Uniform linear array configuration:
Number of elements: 8
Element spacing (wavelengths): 0.25
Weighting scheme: uniform
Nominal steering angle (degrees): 60
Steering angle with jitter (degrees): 61.093
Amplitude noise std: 0.05
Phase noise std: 0.05

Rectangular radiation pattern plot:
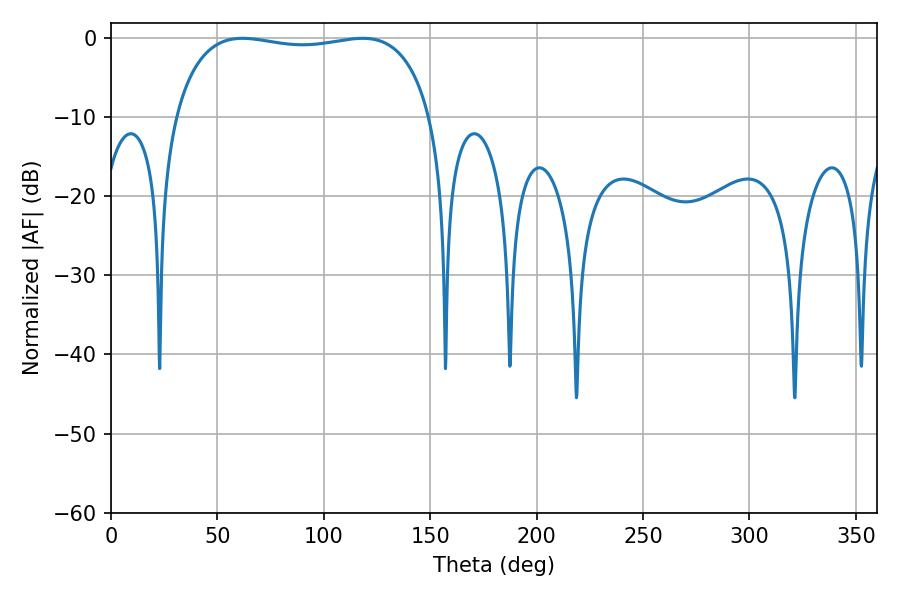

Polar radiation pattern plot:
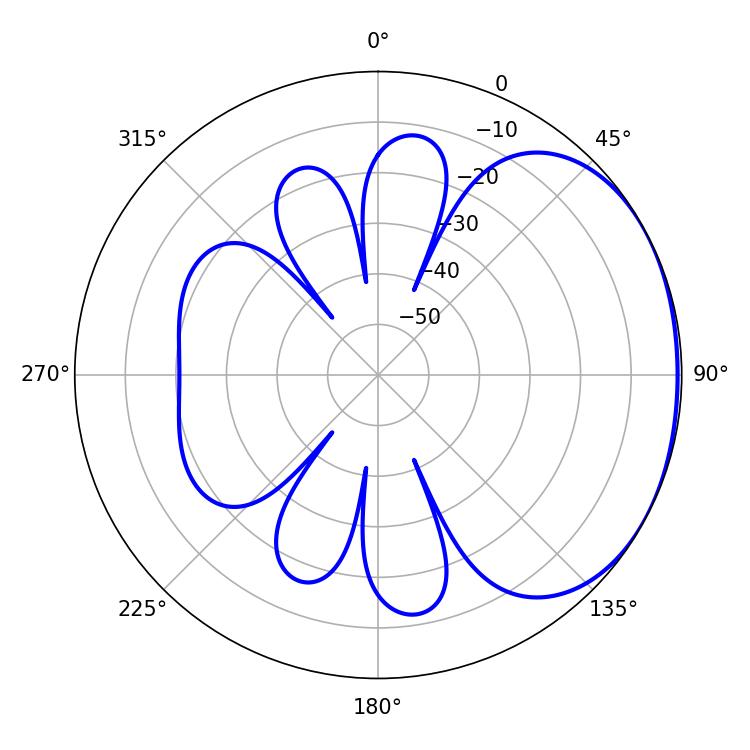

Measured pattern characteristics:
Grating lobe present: FALSE
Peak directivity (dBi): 1.618
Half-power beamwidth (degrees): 97.2
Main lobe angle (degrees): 61.74